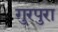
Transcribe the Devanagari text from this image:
गुरपुरा